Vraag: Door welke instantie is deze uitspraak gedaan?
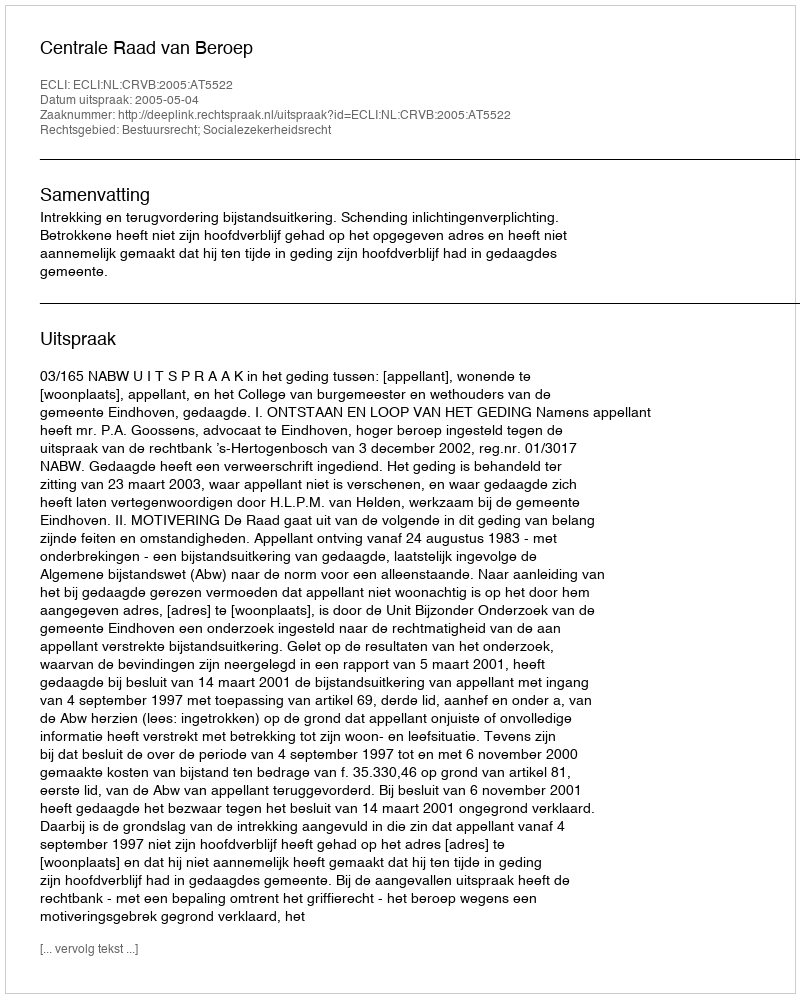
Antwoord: Centrale Raad van Beroep